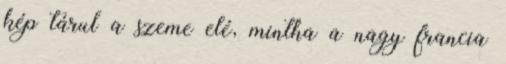
kép tárul a szeme elé, mintha a nagy francia